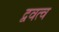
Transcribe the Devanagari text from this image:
द्ववत्व